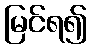
မြင်ရ၍